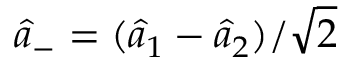
\hat { a } _ { - } = ( \hat { a } _ { 1 } - \hat { a } _ { 2 } ) / \sqrt { 2 }